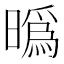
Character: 㬙